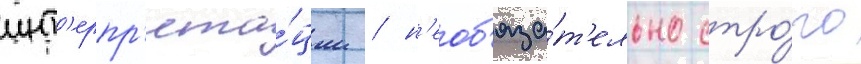
инт'ерпр'ета́ции / н'еоб'яза́т'ельно стро́го